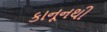
કાનૂનથી